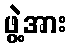
ဖွဲ့အား